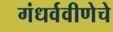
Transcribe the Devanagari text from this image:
गंधर्ववीणेचे